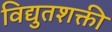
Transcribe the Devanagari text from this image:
विद्युतशक्ती